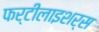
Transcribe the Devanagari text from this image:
फर्टीलाइशर्स